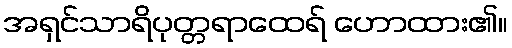
အရှင်သာရိပုတ္တရာထေရ် ဟောထား၏။